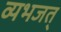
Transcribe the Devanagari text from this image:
व्यभजत्